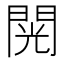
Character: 𮤎